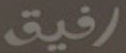
رفيق